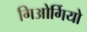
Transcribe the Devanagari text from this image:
गिओर्गियो